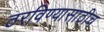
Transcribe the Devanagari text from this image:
ठरविण्यासाठीच